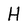
Character: H